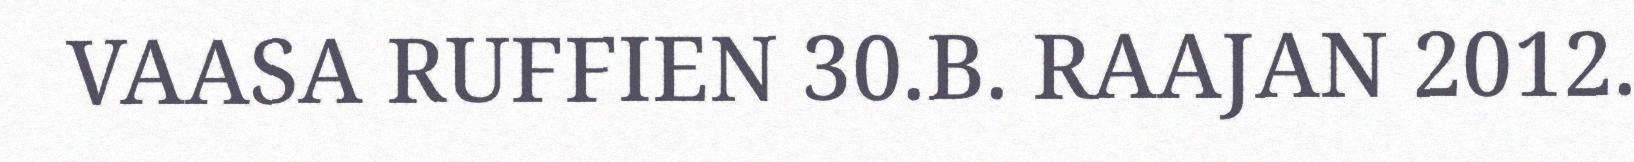
VAASA RUFFIEN 30.B. RAAJAN 2012.